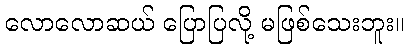
လောလောဆယ် ပြောပြလို့ မဖြစ်သေးဘူး။